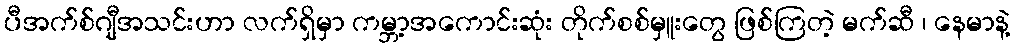
ပီအက်စ်ဂျီအသင်းဟာ လက်ရှိမှာ ကမ္ဘာ့အကောင်းဆုံး တိုက်စစ်မှူးတွေ ဖြစ်ကြတဲ့ မက်ဆီ ၊ နေမာနဲ့